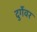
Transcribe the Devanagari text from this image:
दुर्गेवर